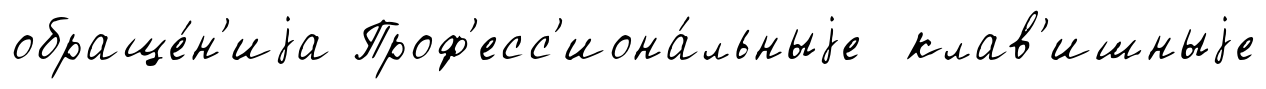
обраще́н'иjа Проф'есс'иона́льныjе клав'ишныjе